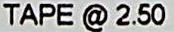
TAPE @ 2.50